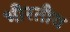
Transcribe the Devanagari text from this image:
भीरतीय